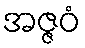
အဇ္ဇဝံ